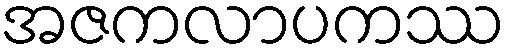
အဇကလာပကဿ